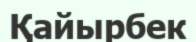
Қайырбек